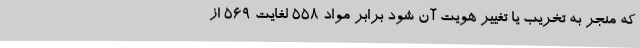
که منجر به تخریب یا تغییر هویت آن شود برابر مواد ۵۵۸ لغایت ۵۶۹ از